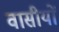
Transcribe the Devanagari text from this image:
वासीयों